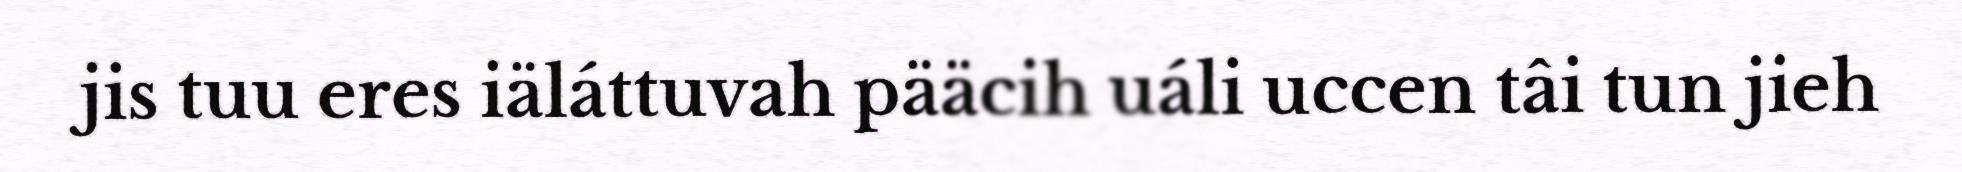
jis tuu eres iäláttuvah pääcih uáli uccen tâi tun jieh